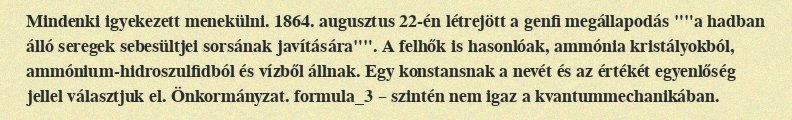
Mindenki igyekezett menekülni. 1864. augusztus 22-én létrejött a genfi megállapodás ""a hadban álló seregek sebesültjei sorsának javítására"". A felhők is hasonlóak, ammónia kristályokból, ammónium-hidroszulfidból és vízből állnak. Egy konstansnak a nevét és az értékét egyenlőség jellel választjuk el. Önkormányzat. formula_3 – szintén nem igaz a kvantummechanikában.